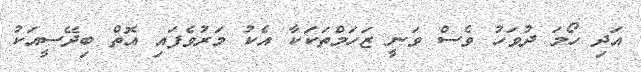
އަދި ހޯމަ ދުވަހު ވެސް ވަނީ ޒަހަމްތަކަކާ އެކު މަރުވެފައި އޮތް ބިދޭސީއަކު